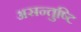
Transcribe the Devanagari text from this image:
असन्तुष्टि